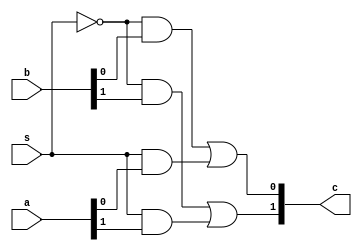
`timescale 1ns/1ns
module two_mux(input [1:0]a, input [1:0]b, input s, output [1:0]c);
  
  wire snot,i,j,k,l;
  
  not not1(snot,s);
  
  and and1(i,snot,b[0]);
  and and2(j,snot,b[1]);
  and and3(k,s,a[0]);
  and and4(l,s,a[1]);
  
  or or1(c[0],i,k);
  or or2(c[1],j,l);
  
endmodule